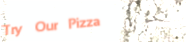
Try Our Pizza